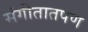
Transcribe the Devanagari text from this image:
संगीतातपण